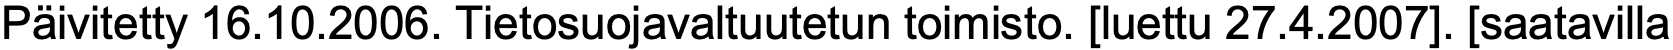
Päivitetty 16.10.2006. Tietosuojavaltuutetun toimisto. [luettu 27.4.2007]. [saatavilla